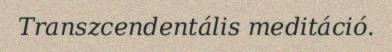
Transzcendentális meditáció.